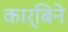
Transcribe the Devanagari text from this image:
कार्बिने